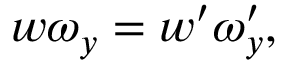
w \omega _ { y } = w ^ { \prime } \omega _ { y } ^ { \prime } ,